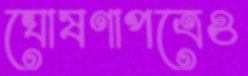
ঘোষণাপত্রেও